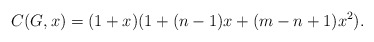
\begin{align*}C(G,x)= (1 + x)( 1 + (n-1)x + (m - n +1 )x^2).\end{align*}